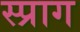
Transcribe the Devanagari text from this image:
स्प्राग